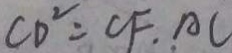
C D ^ { 2 } = C F . A C